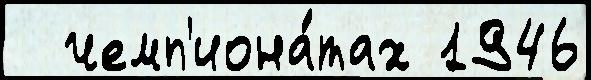
  чемп'иона́тах 1946